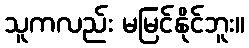
သူကလည်း မမြင်နိုင်ဘူး။